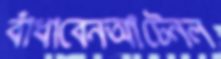
বাঁধাবেনআঁটেনল